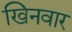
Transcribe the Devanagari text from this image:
खिनवार